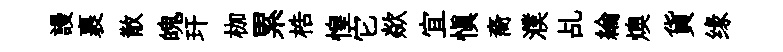
謾裹散魄玕枷累梏惶它歘宜愼裔濮乩綸燠貨缘